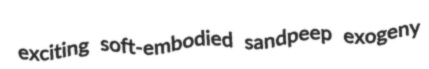
exciting soft-embodied sandpeep exogeny